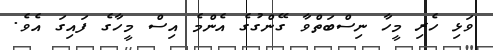
ވަޅި ހެރި މީހާ ނިސްބަތްވާ ގޭންގުގެ އެންމެ އިސް މީހާގެ ފައިގަ އެވެ.